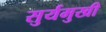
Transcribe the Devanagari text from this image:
सुर्यमुखी